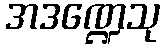
အဒဏ္ဍေသု